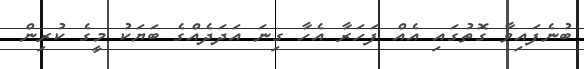
ބުނެފައިވާ ގޮތުގައި އެއް ފަހަރާ އެހާ ގިނަ އަދަދެއްގެ ބަޔަކު މީގެ ކުރިން